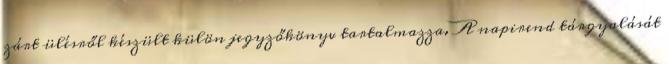
zárt ülésről készült külön jegyzőkönyv tartalmazza. A napirend tárgyalását